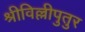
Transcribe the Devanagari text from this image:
श्रीविल्लीपुतुर